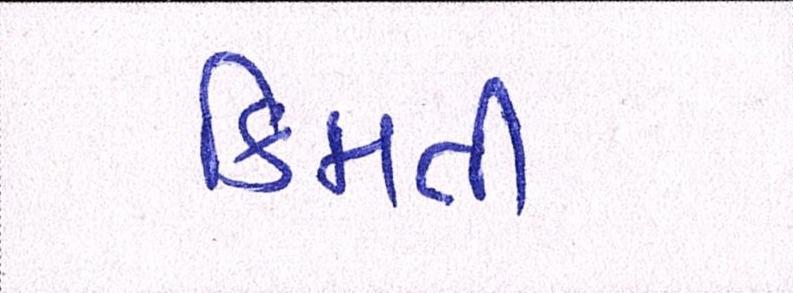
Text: કિમતી